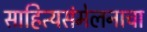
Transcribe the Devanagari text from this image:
साहित्यसंमेलनाचा